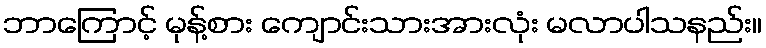
ဘာကြောင့် မုန့်စား ကျောင်းသားအားလုံး မလာပါသနည်း။